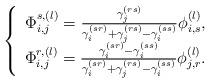
LaTeX: \begin{align*} \left\{\begin{array}{c} {\Phi _{i,j}^{s,(l)} =\frac{\gamma _{j}^{(rs)} }{\gamma _{i}^{(sr)} +\gamma _{j}^{(rs)} -\gamma _{i}^{(ss)} } \phi _{i,s}^{(l)} ,} \\ {\Phi _{i,j}^{r,(l)} =\frac{\gamma _{i}^{(sr)} -\gamma _{i}^{(ss)} }{\gamma _{i}^{(sr)} +\gamma _{j}^{(rs)} -\gamma _{i}^{(ss)} } \phi _{j,r}^{(l)} .} \end{array}\right. \end{align*}